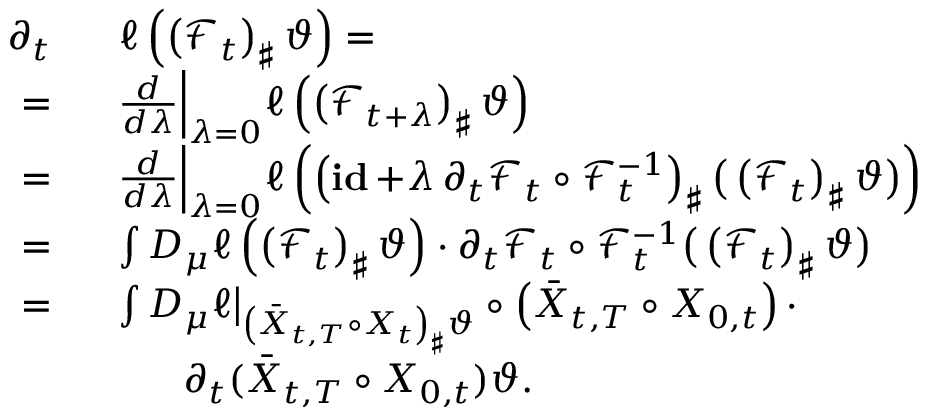
\begin{array} { r l } { \partial _ { t } \ } & { \ \ell \left( \left( \mathcal F _ { t } \right) _ { \sharp } \vartheta \right) = } \\ { = \ } & { \ \frac { d } { d \lambda } \Big | _ { \lambda = 0 } \ell \left( \left( \mathcal F _ { t + \lambda } \right) _ { \sharp } \vartheta \right) } \\ { = \ } & { \ \frac { d } { d \lambda } \Big | _ { \lambda = 0 } \ell \left( \left( \mathop { \bf i d } + \lambda \, \partial _ { t } \mathcal F _ { t } \circ \mathcal F _ { t } ^ { - 1 } \right) _ { \sharp } \big ( \left( \mathcal F _ { t } \right) _ { \sharp } \vartheta \big ) \right) } \\ { = \ } & { \ \int D _ { \mu } \ell \left( \left( \mathcal F _ { t } \right) _ { \sharp } \vartheta \right) \cdot \partial _ { t } \mathcal F _ { t } \circ \mathcal F _ { t } ^ { - 1 } \d { \big ( \left( \mathcal F _ { t } \right) _ { \sharp } \vartheta \big ) } } \\ { = \ } & { \ \int D _ { \mu } \ell \big | _ { \left( \bar { X } _ { t , T } \circ X _ { t } \right) _ { \sharp } \vartheta } \circ \left( \bar { X } _ { t , T } \circ X _ { 0 , t } \right) \cdot } \\ & { \qquad \partial _ { t } ( \bar { X } _ { t , T } \circ X _ { 0 , t } ) \d \vartheta . } \end{array}